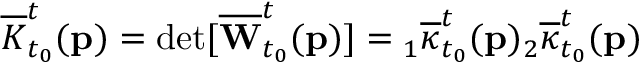
\overline { { K } } _ { t _ { 0 } } ^ { t } ( \mathbf { p } ) = \operatorname* { d e t } [ \overline { { \mathbf { W } } } _ { t _ { 0 } } ^ { t } ( \mathbf { p } ) ] = { } _ { 1 } \overline { { \kappa } } _ { t _ { 0 } } ^ { t } ( \mathbf { p } ) { } _ { 2 } \overline { { \kappa } } _ { t _ { 0 } } ^ { t } ( \mathbf { p } )